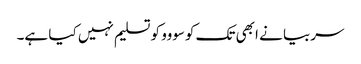
سربیا نے ابھی تک کوسووو کو تسلیم نہیں کیا ہے۔